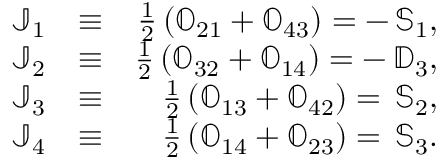
\begin{array} { r l r } { { \mathbb J } _ { 1 } } & { \equiv } & { \frac { 1 } { 2 } \left( { \mathbb O } _ { 2 1 } + { \mathbb O } _ { 4 3 } \right) = - \, { \mathbb S } _ { 1 } , } \\ { { \mathbb J } _ { 2 } } & { \equiv } & { \frac { 1 } { 2 } \left( { \mathbb O } _ { 3 2 } + { \mathbb O } _ { 1 4 } \right) = - \, { \mathbb D } _ { 3 } , } \\ { { \mathbb J } _ { 3 } } & { \equiv } & { \frac { 1 } { 2 } \left( { \mathbb O } _ { 1 3 } + { \mathbb O } _ { 4 2 } \right) = \, { \mathbb S } _ { 2 } , } \\ { { \mathbb J } _ { 4 } } & { \equiv } & { \frac { 1 } { 2 } \left( { \mathbb O } _ { 1 4 } + { \mathbb O } _ { 2 3 } \right) = \, { \mathbb S } _ { 3 } . } \end{array}